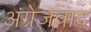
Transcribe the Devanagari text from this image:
अंग्रेजवाद